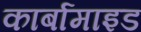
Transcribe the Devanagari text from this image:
कार्बामाइड